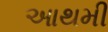
આથમી